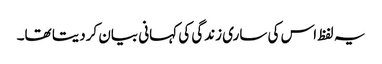
یہ لفظ اس کی ساری زندگی کی کہانی بیان کردیتا تھا۔